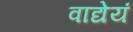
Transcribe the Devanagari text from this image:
वाद्येयं